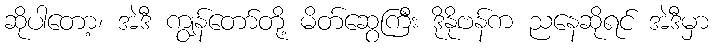
ဆိုပါတော့၊ အဲဒီ ကျွန်တော်တို့ မိတ်ဆွေကြီး ဒိုနိုဗန်က ညနေဆိုရင် အဲဒီမှာ